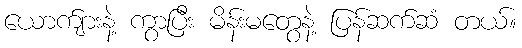
ယောက်ျားနဲ့ ကွာပြီး မိန်းမတွေနဲ့ ပြန်ဆက်ဆံ တယ်။